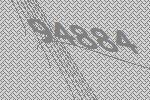
94884